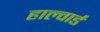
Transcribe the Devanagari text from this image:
हाल्वार्ड